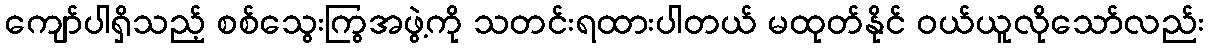
ကျော်ပါရှိသည့် စစ်သွေးကြွအဖွဲ့ကို သတင်းရထားပါတယ် မထုတ်နိုင် ဝယ်ယူလိုသော်လည်း